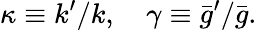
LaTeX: \kappa\equiv k^{\prime}/k,\quad\gamma\equiv\bar{g}^{\prime}/\bar{g}.